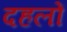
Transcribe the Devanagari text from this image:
दहलों